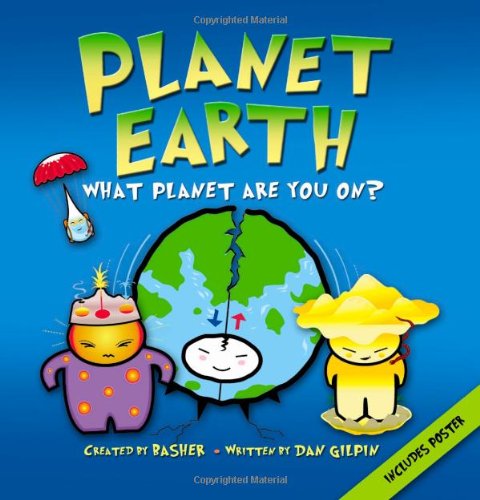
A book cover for Basher Science: Planet Earth: What planet are you on?; Simon Basher; Children's Books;